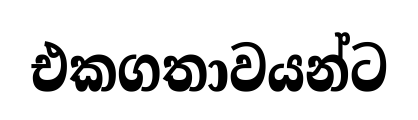
එකගතාවයන්ට